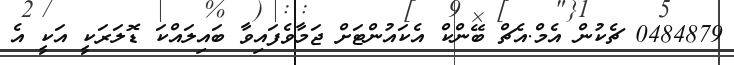
0484879 ޗެކުން އެމް.އެޗް ބޭންކް އެކައުންޓަށް ޖަމާވެފައިވާ ބައިލައްކަ ޑޮލަރަކީ އަކީ އެ